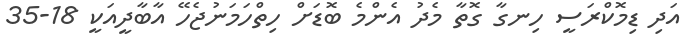
އަދި ޑިމޮކްރަސީ ހިނގާ ގޮތާ މެދު އެންމެ ބޮޑަށް ހިތްހަމަނުޖެހޭ އާބާދީއަކީ 18-35